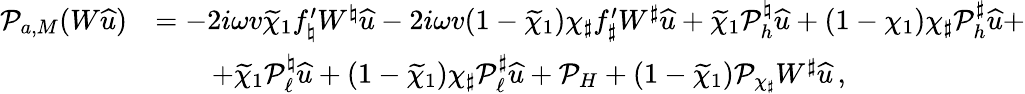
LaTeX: \begin{array}{rl}{\mathcal{P}_{a,M}(W{\widehat{u}})}&{=-2i\omega v\widetilde{\chi}_{1}f_{\natural}^{\prime}W^{\natural}{\widehat{u}}-2i\omega v(1-\widetilde{\chi}_{1})\chi_{\sharp}f_{\sharp}^{\prime}W^{\sharp}{\widehat{u}}+\widetilde{\chi}_{1}\mathcal{P}_{h}^{\natural}{\widehat{u}}+(1-\chi_{1})\chi_{\sharp}\mathcal{P}_{h}^{\sharp}{\widehat{u}}+}\\ &{\qquad+\widetilde{\chi}_{1}\mathcal{P}_{\ell}^{\natural}{\widehat{u}}+(1-\widetilde{\chi}_{1})\chi_{\sharp}\mathcal{P}_{\ell}^{\sharp}{\widehat{u}}+\mathcal{P}_{H}+(1-\widetilde{\chi}_{1})\mathcal{P}_{\chi_{\sharp}}W^{\sharp}{\widehat{u}}\, ,}\end{array}